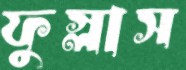
ফুস্‌লাস